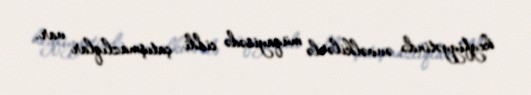
keyfiyyətində əvvəlkilərlə müqayisədə ciddi çatışmazlıqlar var.